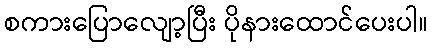
စကားပြောလျော့ပြီး ပိုနားထောင်ပေးပါ။